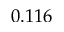
0 . 1 1 6